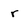
Character: r